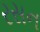
રસન